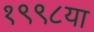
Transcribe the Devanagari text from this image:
१९९८या